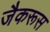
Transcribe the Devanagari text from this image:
जैकरूस